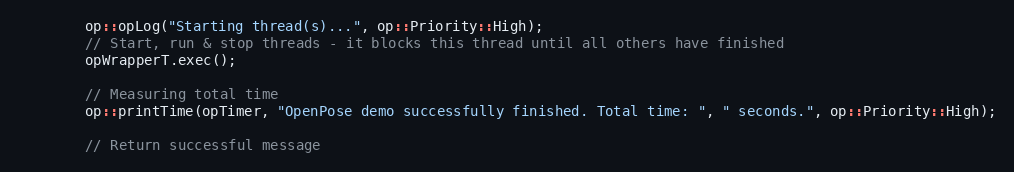
Language: C++
        op::opLog("Starting thread(s)...", op::Priority::High);
        // Start, run & stop threads - it blocks this thread until all others have finished
        opWrapperT.exec();

        // Measuring total time
        op::printTime(opTimer, "OpenPose demo successfully finished. Total time: ", " seconds.", op::Priority::High);

        // Return successful message